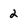
Character: 2